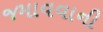
જમાવવાની